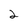
Character: 2